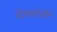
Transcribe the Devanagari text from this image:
योग्यताज्ञान